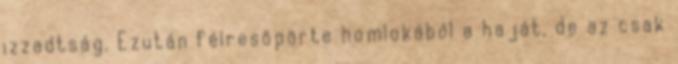
izzadtság. Ezután félresöpörte homlokából a haját, de az csak